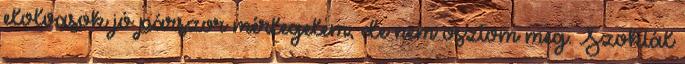
elolvasok jó párszor mérlegelem, de nem osztom meg. Szoktál